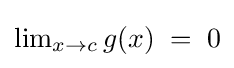
\textstyle \lim _{x\to c}g(x)\;=\;0